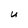
Character: U